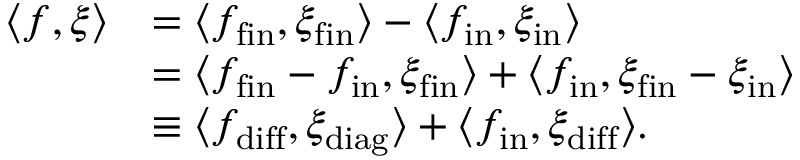
\begin{array} { r l } { \langle f , \xi \rangle } & { = \langle f _ { \mathrm { f i n } } , \xi _ { \mathrm { f i n } } \rangle - \langle f _ { \mathrm { i n } } , \xi _ { \mathrm { i n } } \rangle } \\ & { = \langle f _ { \mathrm { f i n } } - f _ { \mathrm { i n } } , \xi _ { \mathrm { f i n } } \rangle + \langle f _ { \mathrm { i n } } , \xi _ { \mathrm { f i n } } - \xi _ { \mathrm { i n } } \rangle } \\ & { \equiv \langle f _ { \mathrm { d i f f } } , \xi _ { \mathrm { d i a g } } \rangle + \langle f _ { \mathrm { i n } } , \xi _ { \mathrm { d i f f } } \rangle . } \end{array}